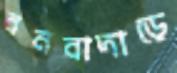
বনবাদাড়ে